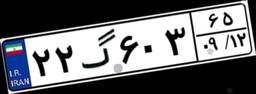
۲۲گ۶۰۳۶۵